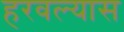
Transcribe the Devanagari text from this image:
हरवल्यास